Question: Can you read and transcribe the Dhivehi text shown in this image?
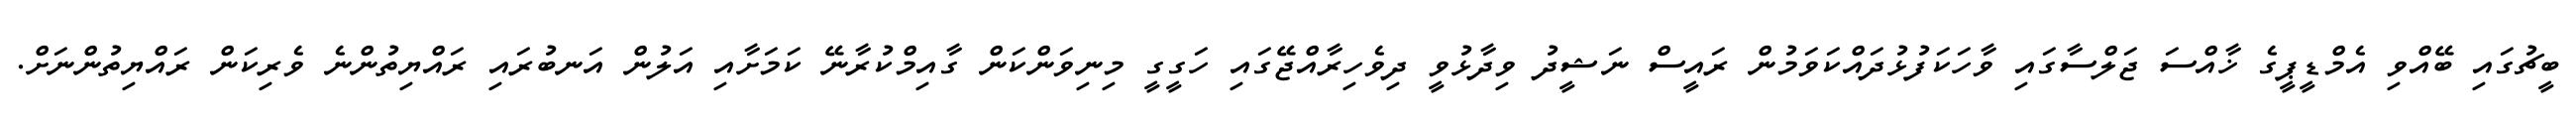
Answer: ބީޗުގައި ބޭއްވި އެމްޑީޕީގެ ޚާއްސަ ޖަލްސާގައި ވާހަކަފުޅުދައްކަވަމުން ރައީސް ނަޝީދު ވިދާޅުވީ ދިވެހިރާއްޖޭގައި ހަގީގީ މިނިވަންކަން ގާއިމްކުރާނޭ ކަމަށާއި އަލުން އަނބުރައި ރައްޔިތުންނެ ވެރިކަން ރައްޔިތުންނަށް.